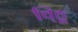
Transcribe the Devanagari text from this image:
वि्ठू